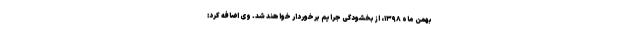
بهمن ماه ۱۳۹۸، از بخشودگی جرایم برخوردار خواهند شد. وی اضافه کرد: